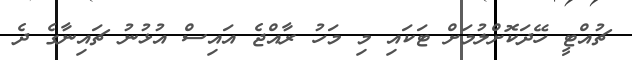
ޗުއްޓީ ހޭދަކޮށްލުމަށް ޓަކައި މި މަހު ރާއްޖެ އައިސް އުޅުނު ޗައިނާގެ ދެ